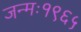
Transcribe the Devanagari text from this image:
जन्मः१९६५